Annual report of the Bengal Veterinary College and of the Civil Veterinary Department, Bengal, for the year 1908-1909 - 1908-1909
Year: 1908
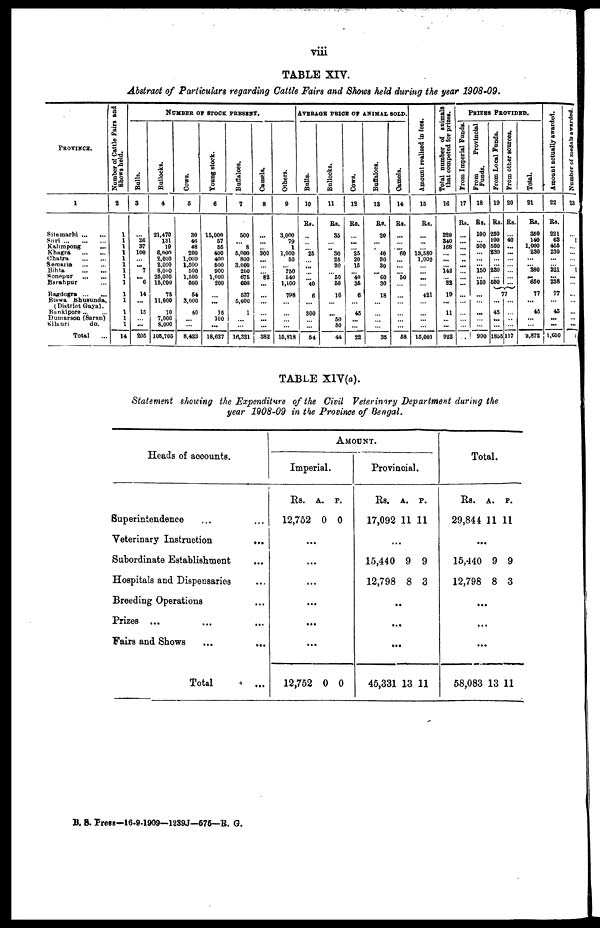
viii
TABLE XIV.
Abstract of Particulars regarding Cattle Fairs and Shows held during the pear 1908-09.
PROVINCE.
1
Sitamarhi
...
...
Suri
...
...
...
Kalimpong ...
Khagra
...
...
Chatra
...
...
Semaria
...
...
Bihta ... ...
Sonepur
...
...
Barahpur ...
Bagdogra
...
...
Biswa
Bhusunda,
(District Gaya).
Bankipore
...
...
Dumarson (Saran)
Silauri
do.
Total ...
Number of Cattle Fairs and
Shows held.
2
1
1
1
1
1
1
1
1
1
1
1
1
1
1
14
NUMBER
OF
STOCK
PRESENT.
Bulls.
3
...
26
37
100
... ... 7
... 6
14
...
15
... ...
205
Bullocks.
4
21,470
131
19
6,000
2,000
2,000
8,000
25,000
15,000
75
11,000
10
7,000
8,000
105,705
Cows.
5
30
46
48
200
1,000
1,500
500
1,505
500
54
3,000
40
...
...
8,423
Young stock.
6
15,000
57
55
400
400
500
900
1,000
200
...
...
15
100
...
18,627
Buffaloes.
7
500
... 8
5,000
800
3,000
200
675
600
537
5,000
1
...
...
16,321
Camels.
8
...
...
... 300
...
...
... 82
...
...
...
... ...
...
382
Others.
9
3,000
79
1
1,000
50
... 250
540
1,100
798
...
...
...
...
15,818
AVERAGE PRICE OF ANIMAL SOLD.
Bulls.
10
Rs.
..
...
... 25
...
...
...
... 40
6
...
300
... ...
54
Bullocks.
11
Rs.
35
...
... 30
25
20
... 50
50
16
...
... 50
50
44
Cows.
12
Rs.
...
...
... 25
20
15
... 40
36
6
...
45
...
...
22
Buffaloes.
13
Rs.
20
...
... 40
30
30
... 60
30
18
...
...
...
...
35
Camels.
14
Rs.
...
...
... 60
...
...
... 50
...
...
...
...
...
...
58
Amount realised in fees.
15
Rs.
...
...
... 13,580
1,000
...
... ...
...
421
...
...
...
...
15,001
Total number of animals
that competed for prizes.
16
Rs.
220
340
168
...
...
... 142
... 22
19
...
11
...
...
922
PRIZES
PROVIDED.
From Imperial Funds.
17
Rs.
...
...
...
...
..
...
...
...
...
...
...
...
...
...
...
From
Provincial
Funds.
18
Rs.
100
... 500
...
...
...
150
... 150
...
...
...
...
...
900
From Local Funds.
19
Rs.
250
100
500
230
...
...
230
... 500
From other sources.
20
Rs.
...
40
...
...
...
...
...
...
...
77
...
45
...
...
1855
...
...
...
...
117
Total.
21
Rs.
360
140
1,000
230
...
... 380
...
660
77
...
45
...
...
2,872
Amount actually awarded.
22
Rs.
221
63
455
230
...
...
321
...
238
77
...
45
...
...
1,650
Number of medals awarded.
23
...
1
...
...
...
... 1
...
...
...
...
...
...
...
1
TABLE XIV(a).
Statement showing the Expenditure of the Civil Veterinary Department during the
year 1908-09 in the Province of Bengal.
Heads of accounts.
Superintendence ... ...
Veterinary Instruction
...
Subordinate Establishment ...
Hospitals and Dispensaries ...
Breeding Operations ...
Prizes ... ... ...
Fairs and Shows
...
...
Total
...
AMOUNT.
Imperial.
Rs.
12,752
..
..
..
..
...
..
12,752
A.
0
.
.
.
.
.
0
P.
0
0
Provincial
.
Rs.
17,092
..
15,440
12,798
..
...
...
45,331
A.
11
.
9
8
13
P.
11
9
3
11
Total.
Rs.
29,844
...
15,440
12,798
..
...
..
58,083
A.
11
9
8
.
.
13
P.
11
9
3
11
B. S. Press—16.9.1909—1239J—575—R. G.